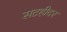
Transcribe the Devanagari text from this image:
सटहीदर